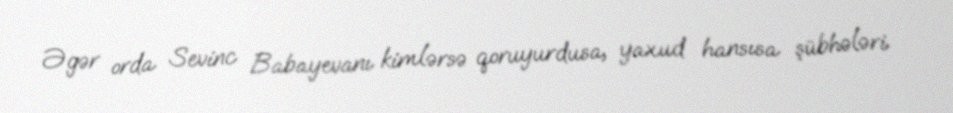
Əgər orda Sevinc Babayevanı kimlərsə qoruyurdusa, yaxud hansısa şübhələri